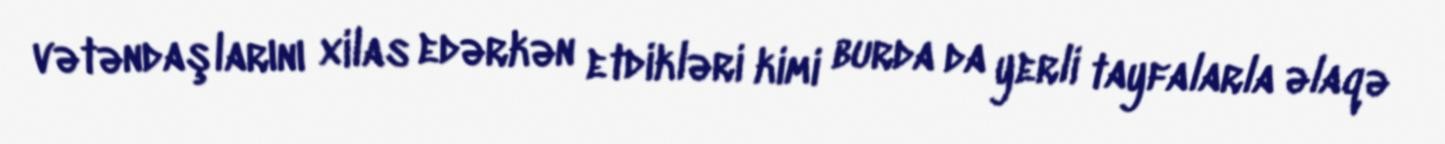
vətəndaşlarını xilas edərkən etdikləri kimi burda da yerli tayfalarla əlaqə